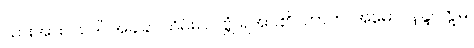
သားအား။ သဒါ၊ အခါခပ်သိမ်း။ လဗ္ဘံ၊ ရအပ်၏။ တာတ၊ အမောင်နန္ဒ။ ဣဓ၊